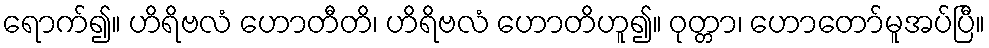
ရောက်၍။ ဟိရိဗလံ ဟောတီတိ၊ ဟိရိဗလံ ဟောတိဟူ၍။ ဝုတ္တာ၊ ဟောတော်မူအပ်ပြီ။